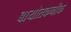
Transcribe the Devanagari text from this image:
बायोतकनीक